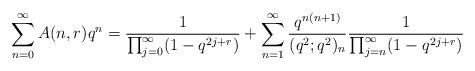
LaTeX: \begin{align*}\sum_{n = 0}^{\infty}A(n,r)q^{n} & = \frac{1}{\prod_{j = 0}^{\infty}(1 - q^{2j + r})} + \sum_{n = 1}^{\infty}\frac{q^{n(n+ 1)}}{(q^{2};q^{2})_{n}}\frac{1}{\prod_{j = n}^{\infty}(1 - q^{2j + r})}\end{align*}